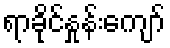
ရာခိုင်နှုန်းကျော်